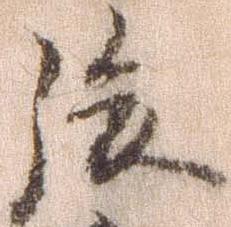
後